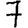
Digit: 7